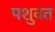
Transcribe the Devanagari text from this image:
पशुवत